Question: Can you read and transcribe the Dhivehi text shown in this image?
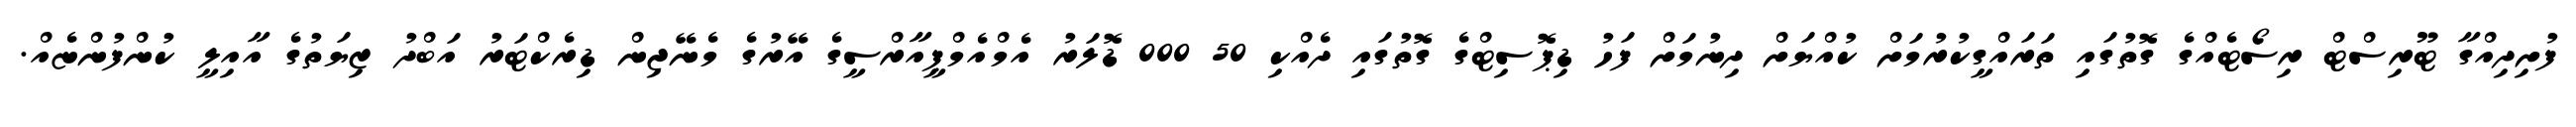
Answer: ފުށިދިއްގާ ޓޫރިސްޓް ރިސޯޓެއްގެ ގޮތުގައި ތަރައްގީކުރުމަށް ކުއްޔަށް ދިނުމަށް ފަހު ޑިޕޮސިޓްގެ ގޮތުގައި ދެއްކި 50 000 ޑޮލަރު އެމްއެމްޕީއާރްސީގެ އޭރުގެ މެނޭޖިން ޑިރެކްޓަރު އަބްދު ޒިޔަތުގެ އާއިލީ ކުންފުންޏެއް.